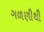
ગળણીથી